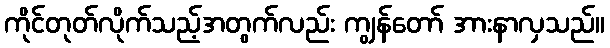
ကိုင်တုတ်လိုက်သည့်အတွက်လည်း ကျွန်တော် အားနာလှသည်။